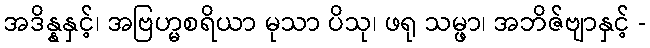
အဒိန္နနှင့်၊ အဗြဟ္မစရိယာ မုသာ ပိသု၊ ဖရု သမ္ဖာ၊ အဘိဇ်ဗျာနှင့် -